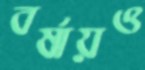
বর্ষায়ও